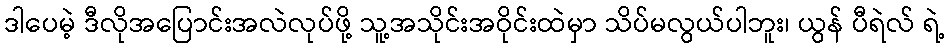
ဒါပေမဲ့ ဒီလိုအပြောင်းအလဲလုပ်ဖို့ သူ့အသိုင်းအဝိုင်းထဲမှာ သိပ်မလွယ်ပါဘူး၊ ယွန် ပီရဲလ် ရဲ့